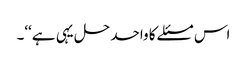
اس مسئلے کا واحد حل یہی ہے‘‘۔